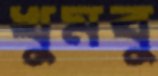
খুমবু